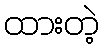
ထားတဲ့